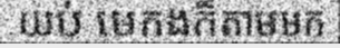
យប់ មេកងក៏តាមមក